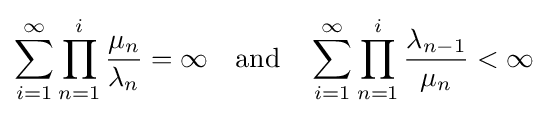
\sum _{i=1}^{\infty }\prod _{n=1}^{i}{\frac {\mu _{n}}{\lambda _{n}}}=\infty \quad {\text{and}}\quad \sum _{i=1}^{\infty }\prod _{n=1}^{i}{\frac {\lambda _{n-1}}{\mu _{n}}}<\infty